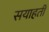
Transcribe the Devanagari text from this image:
सयाहती